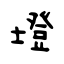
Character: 墱